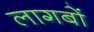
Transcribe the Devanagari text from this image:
लागबों